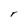
Character: r